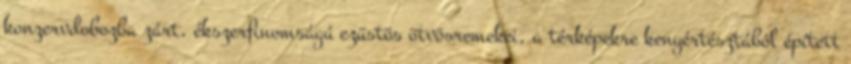
konzervdobozba zárt, ékszerfinomságú ezüstös ötvösremekei, a térképekre kenyértésztából épített